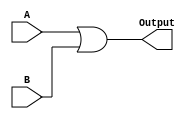
module OR(A, B, Output);
   
    input[31:0]A;
    input[31:0]B;

    output reg[31:0]Output;

    
    always@(A, B)
    begin
       
        Output = A | B;
    end
endmodule